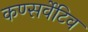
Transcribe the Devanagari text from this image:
कण्सर्वेटिव